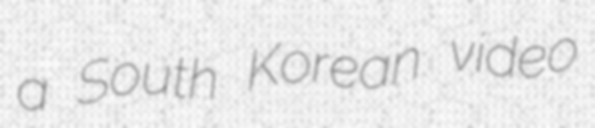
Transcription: a South Korean video